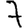
Digit: 7